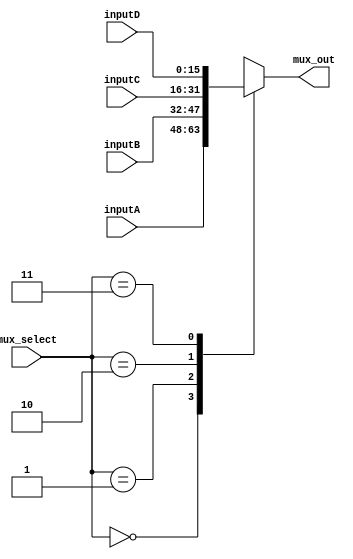
module Mux (
    input [15:0] inputA,
    input [15:0] inputB,
    input [15:0] inputC,
    input [15:0] inputD,
    input [1:0] mux_select,
    output reg [15:0] mux_out
);

    always @*
    begin
        case (mux_select)
            0: mux_out = inputA;
            1: mux_out = inputB;
            2: mux_out = inputC;
            3: mux_out = inputD;
            default: mux_out = 16'b0; // Handle any other cases
        endcase
    end

endmodule